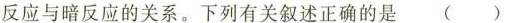
反应与暗反应的关系。下列有关叙述正确的是 ( )